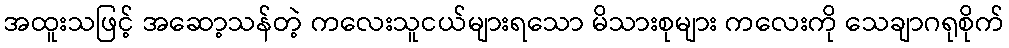
အထူးသဖြင့် အဆော့သန်တဲ့ ကလေးသူငယ်များရသော မိသားစုများ ကလေးကို သေချာဂရုစိုက်